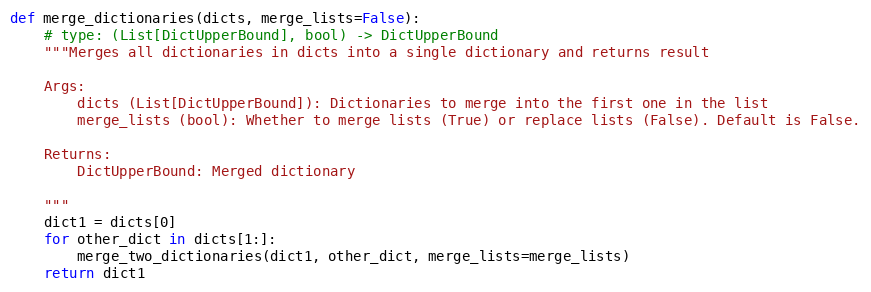
Language: Python
def merge_dictionaries(dicts, merge_lists=False):
    # type: (List[DictUpperBound], bool) -> DictUpperBound
    """Merges all dictionaries in dicts into a single dictionary and returns result

    Args:
        dicts (List[DictUpperBound]): Dictionaries to merge into the first one in the list
        merge_lists (bool): Whether to merge lists (True) or replace lists (False). Default is False.

    Returns:
        DictUpperBound: Merged dictionary

    """
    dict1 = dicts[0]
    for other_dict in dicts[1:]:
        merge_two_dictionaries(dict1, other_dict, merge_lists=merge_lists)
    return dict1